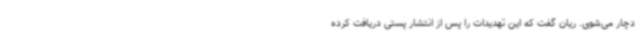
دچار می‌شوی. ریان گفت که این تهدیدات را پس از انتشار پستی دریافت کرده